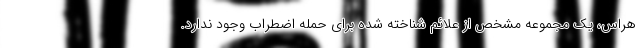
هراس، یک مجموعه مشخص از علائم شناخته شده برای حمله اضطراب وجود ندارد.